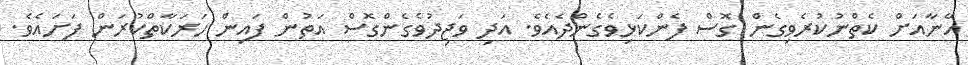
އޭނާއަށް ކެތްނުކުރެވިގެން ގޮސް ފެންކަޅިވެގެންދެއެވެ. އަދި ވަޖިދުވެގެންގޮސް އަތުން ފައިން ހަރަކާތްކުރަން ފަށައެވެ.